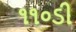
૧૧૦ડી